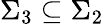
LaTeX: \Sigma_{3}\subseteq\Sigma_{2}